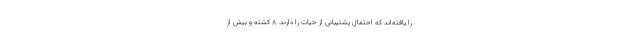
را یافته‌اند که احتمال پشتیبانی از حیات را دارند. 8 کشته و بیش از